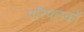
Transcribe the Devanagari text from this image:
परिपलकों